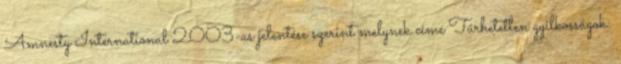
Amnesty International 2003-as jelentése szerint melynek címe Tűrhetetlen gyilkosságok: